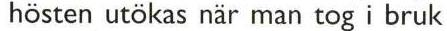
hösten utökas när man tog i bruk